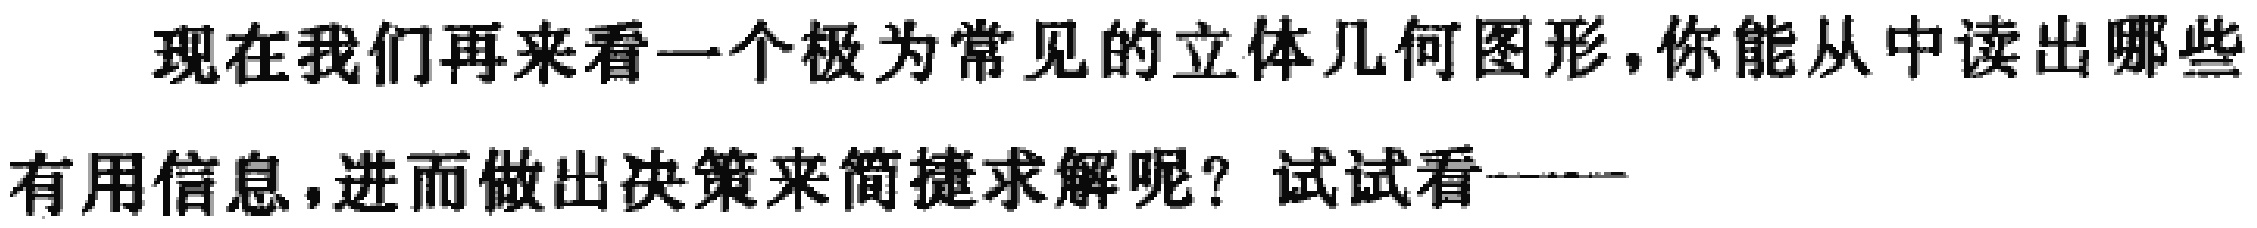
现在我们再来看一个极为常见的立体几何图形，你能从中读出哪些有用信息，进而做出决策来简捷求解呢？试试看——